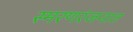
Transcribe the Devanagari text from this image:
स्मरणरंजनात